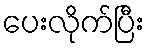
ပေးလိုက်ပြီး